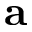
{ \bf a }